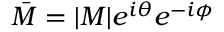
{ \bar { M } } = | M | e ^ { i \theta } e ^ { - i \phi }